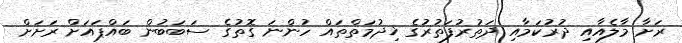
ރަށާ މާލެއާއި ދުރުކަމާއި ދަތުރުފަތުރުގެ ޚިދުމަތްތައް ހުންނަ ގޮތުގެ ސަބަބުން ބައްޕައަށް ރަށަށް